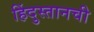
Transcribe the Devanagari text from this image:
हिंदुस्तानची